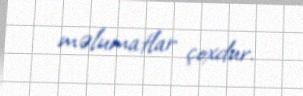
məlumatlar çoxdur.